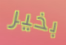
بخير